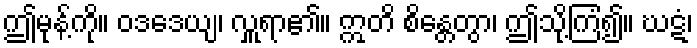
ဤမုန့်ကို။ ဝဒဒေယျ၊ လှူရာ၏။ ဣတိ စိန္တေတွာ၊ ဤသို့ကြံ၍။ ဃဋံ၊